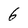
Character: 6